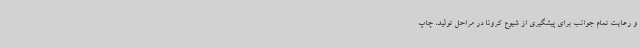
و رعایت تمام جوانب برای پیشگیری از شیوع کرونا در مراحل تولید، چاپ